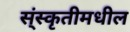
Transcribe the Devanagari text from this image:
स्ंस्कृतीमधील